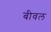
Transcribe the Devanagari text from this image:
बीवल